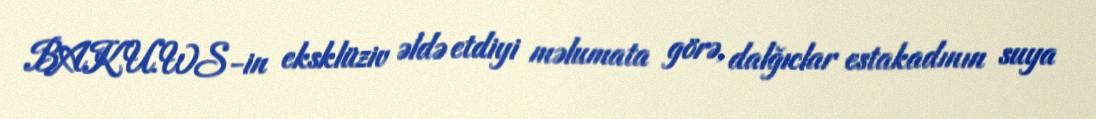
BAKU.WS-in eksklüziv əldə etdiyi məlumata görə, dalğıclar estakadının suya